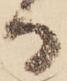
る